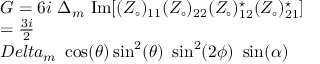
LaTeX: \begin{array} { l } { { G = 6 i \ \Delta _ { m } ~ \mathrm { { I m } } [ ( Z _ { \circ } ) _ { 1 1 } ( Z _ { \circ } ) _ { 2 2 } ( Z _ { \circ } ) _ { 1 2 } ^ { \star } ( Z _ { \circ } ) _ { 2 1 } ^ { \star } ] } } \\ { { = \frac { 3 i } 2 } } \\ { { D e l t a _ { m } ~ \cos ( \theta ) \sin ^ { 2 } ( \theta ) \ \sin ^ { 2 } ( 2 \phi ) \ \sin ( \alpha ) } } \end{array}